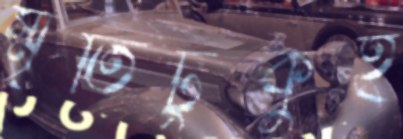
স্মৃতিটুকুই